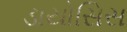
ડાયોસિસ